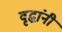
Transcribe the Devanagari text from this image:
वृद्धांनी